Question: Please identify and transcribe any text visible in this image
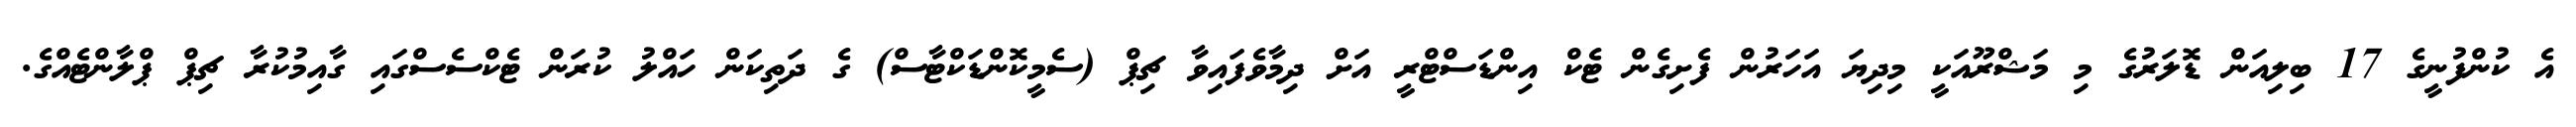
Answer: އެ ކުންފުނީގެ 17 ބިލިއަން ޑޮލަރުގެ މި މަޝްރޫއަކީ މިދިޔަ އަހަރުން ފެށިގެން ޓެކް އިންޑަސްޓްރީ އަށް ދިމާވެފައިވާ ޗިޕް (ސެމީކޮންޑަކްޓާސް) ގެ ދަތިކަން ހައްލު ކުރަން ޓެކްސެސްގައި ގާއިމުކުރާ ޗިޕް ޕްލާންޓެއްގެ.